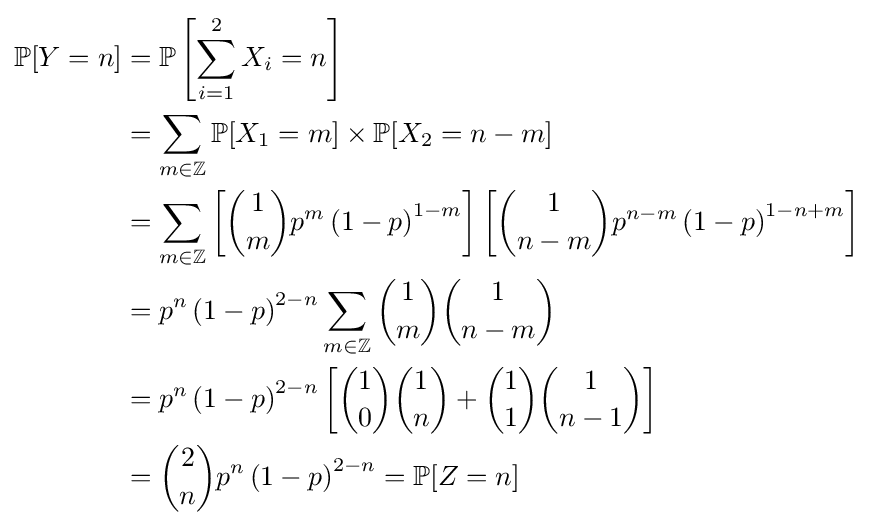
{\begin{aligned}\mathbb {P} [Y=n]&=\mathbb {P} \left[\sum _{i=1}^{2}X_{i}=n\right]\\&=\sum _{m\in \mathbb {Z} }\mathbb {P} [X_{1}=m]\times \mathbb {P} [X_{2}=n-m]\\&=\sum _{m\in \mathbb {Z} }\left[{\binom {1}{m}}p^{m}\left(1-p\right)^{1-m}\right]\left[{\binom {1}{n-m}}p^{n-m}\left(1-p\right)^{1-n+m}\right]\\&=p^{n}\left(1-p\right)^{2-n}\sum _{m\in \mathbb {Z} }{\binom {1}{m}}{\binom {1}{n-m}}\\&=p^{n}\left(1-p\right)^{2-n}\left[{\binom {1}{0}}{\binom {1}{n}}+{\binom {1}{1}}{\binom {1}{n-1}}\right]\\&={\binom {2}{n}}p^{n}\left(1-p\right)^{2-n}=\mathbb {P} [Z=n]\end{aligned}}